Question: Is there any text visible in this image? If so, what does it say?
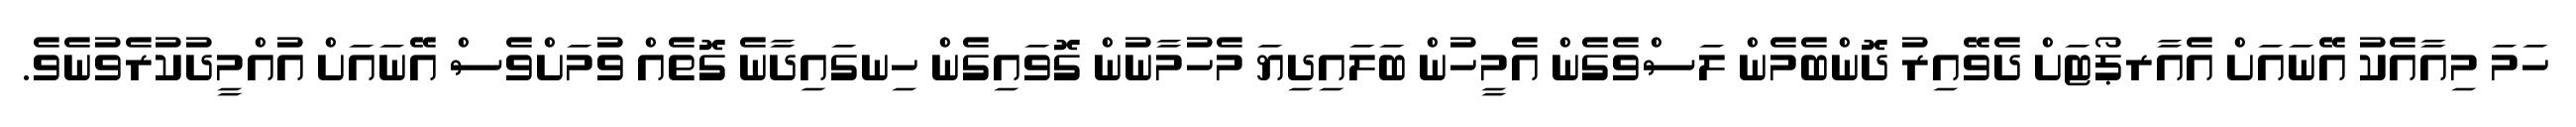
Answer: ހަމަ މިއާއެކު އޭނައަށް އެއާރޕޯޓަށް ދެވޭއިރު ދޮންބެމެން ލަސްވެގެން އެމީހުން ބަލައިދިޔަ މެހުމާނުން ގޮވައިގެން ހިނގައިދާނެ ގޮތެއް ވުމަށްވެސް އޭނައަށް އުއްމީދުކުރެވުނެވެ.